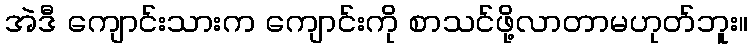
အဲဒီ ကျောင်းသားက ကျောင်းကို စာသင်ဖို့လာတာမဟုတ်ဘူး။